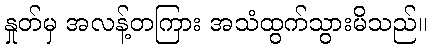
နှုတ်မှ အလန့်တကြား အသံထွက်သွားမိသည်။